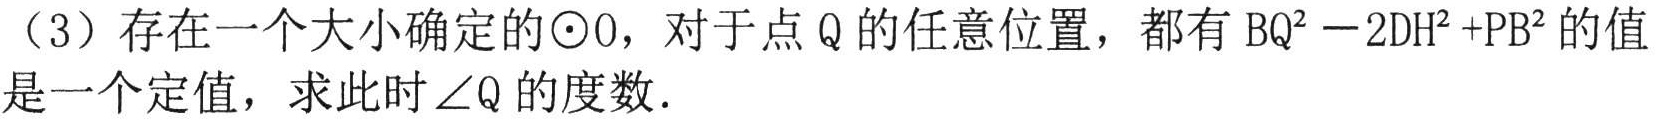
（3）存在一个大小确定的$\odot O$，对于点$Q$的任意位置，都有$BQ^{2}-2DH^{2}+PB^{2}$的值
是一个定值，求此时$\angle Q$的度数．